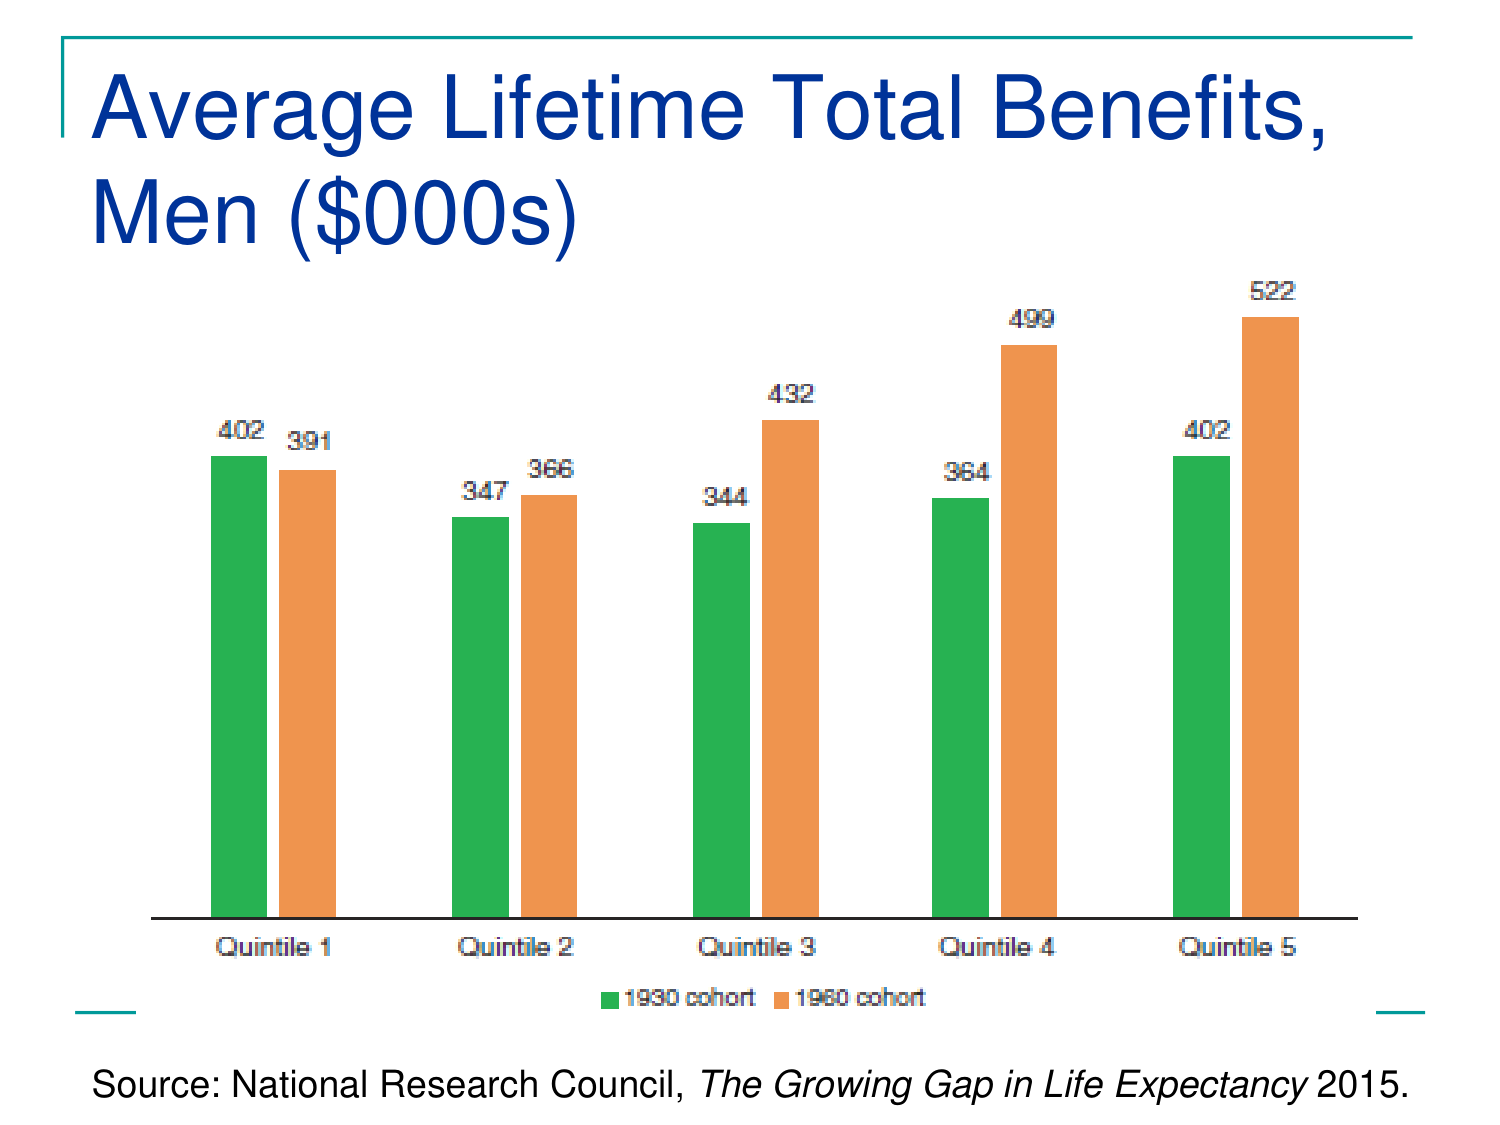
Average Lifetime Total Benefits,
Men ($000s)

402 391
347 366
344 432
364 499
402 522

Quintile 1
Quintile 2
Quintile 3
Quintile 4
Quintile 5

■ 1930 cohort ■ 1960 cohort

Source: National Research Council, The Growing Gap in Life Expectancy 2015.